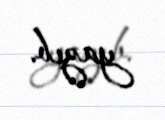
yazıb.